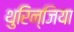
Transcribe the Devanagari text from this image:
थुरिन्जिया